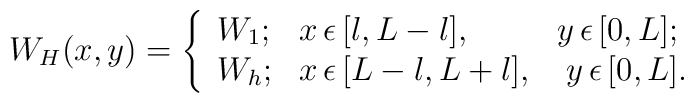
W_{H}(x,y)=\left\{\begin{array}{lll} W_{1}; & x \, \epsilon \, [l,L-l],   & y \, \epsilon \, [0,L];  \\   W_{h}; & x \, \epsilon \, [L-l,L+l], & \; y \, \epsilon \, [0,L].\end{array}\right.